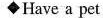
◆Have a pet